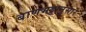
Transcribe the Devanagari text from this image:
बाणभट्टानुसार